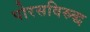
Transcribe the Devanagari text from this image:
पोरसविरुद्ध